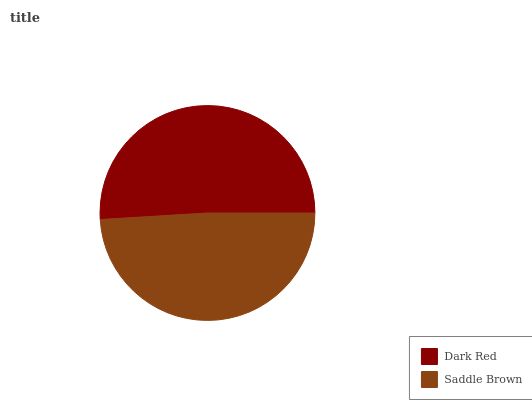
| Dark Red | Saddle Brown |
 | --- | --- |
 | 51% | 49% |